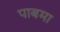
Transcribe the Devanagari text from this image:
पाबमा